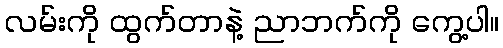
လမ်းကို ထွက်တာနဲ့ ညာဘက်ကို ကွေ့ပါ။